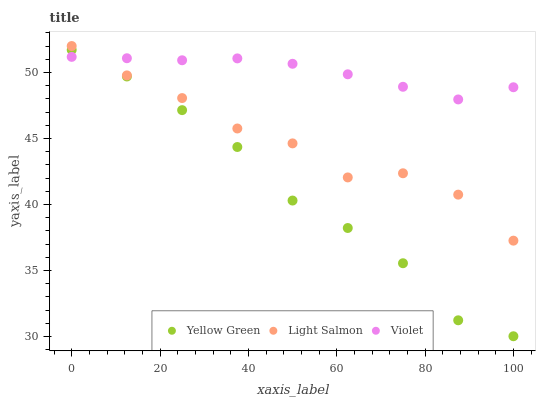
| xaxis_label | Yellow Green | Light Salmon | Violet |
 | --- | --- | --- | --- |
 | 0 | 51.7 | 52 | 51.2 |
 | 12.5 | 49.7 | 49.8 | 51.1 |
 | 25 | 47.1 | 48.1 | 50.9 |
 | 37.5 | 44.4 | 45.8 | 51.1 |
 | 50 | 40.3 | 44.6 | 50.7 |
 | 62.5 | 38.2 | 42 | 49.9 |
 | 75 | 35.5 | 42.4 | 48.9 |
 | 87.5 | 31.2 | 40.7 | 48 |
 | 100 | 30 | 37.3 | 48.9 |